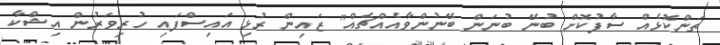
ތަންކޮޅެއް ސާފުކޮށް ބުނޭ ބުނަން ބޭނުންވާއެއްޗެއް" ޒައިން ރުޅި އައިސްފައި ހުރިވަރުން އިޝްކާ